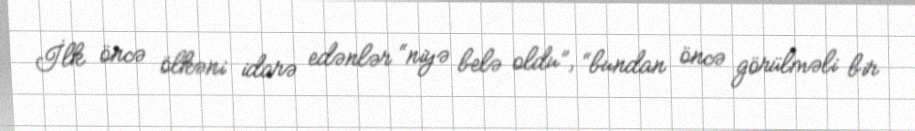
İlk öncə ölkəni idarə edənlər “niyə belə oldu”, “bundan öncə görülməli bir